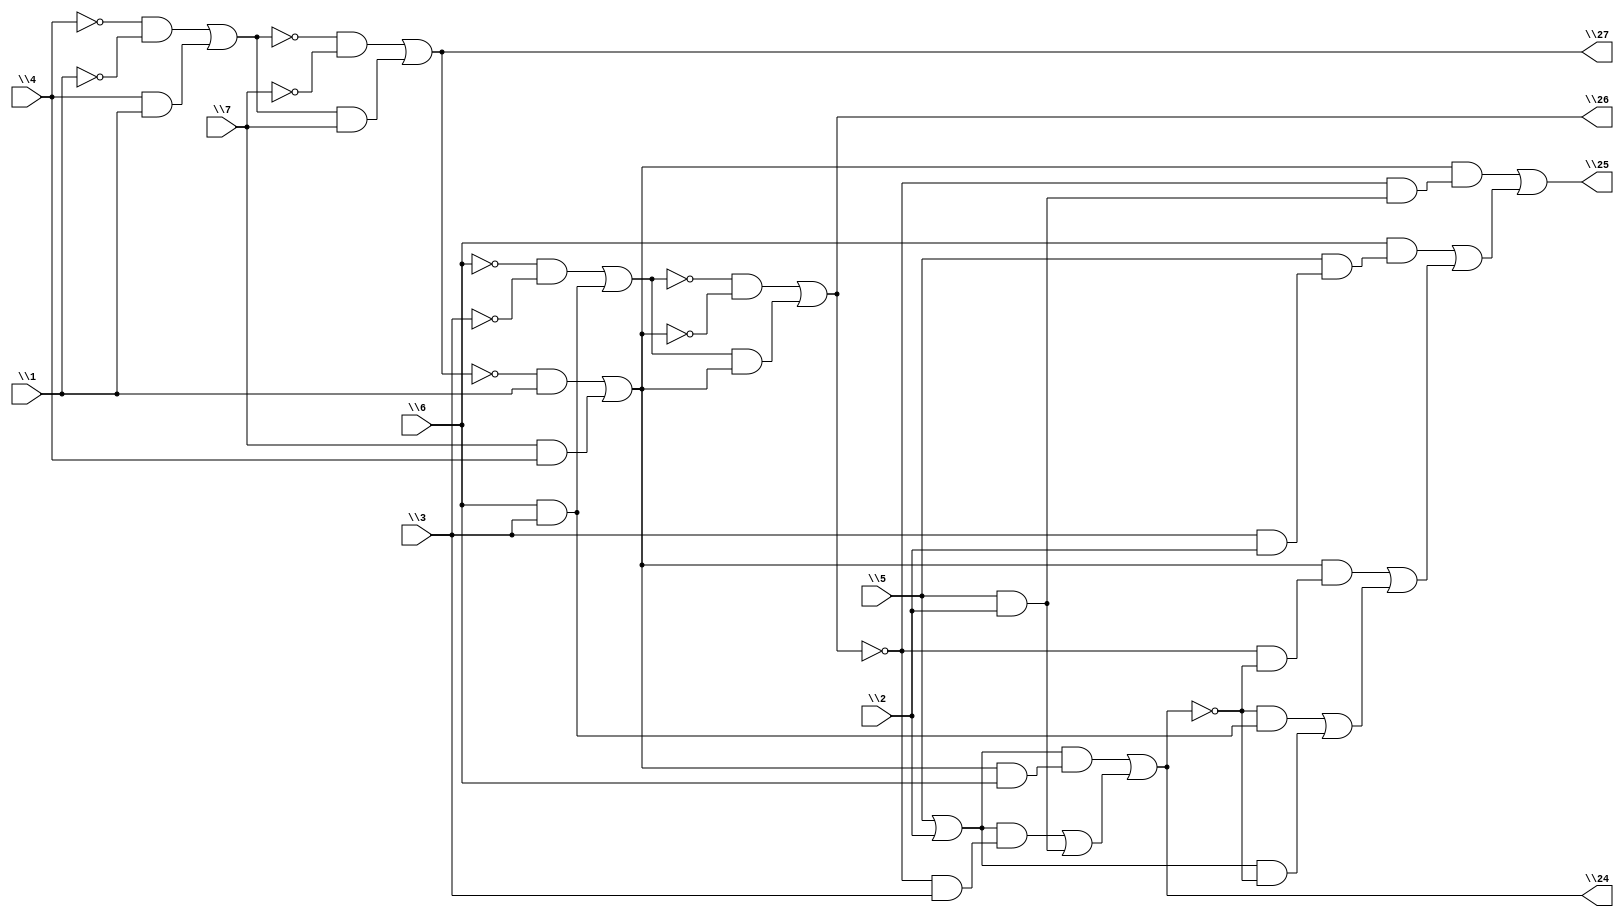
// IWLS benchmark module "z4ml" printed on Wed May 29 17:30:39 2002
module z4ml(\1 , \2 , \3 , \4 , \5 , \6 , \7 , \24 , \25 , \26 , \27 );
input
  \1 ,
  \2 ,
  \3 ,
  \4 ,
  \5 ,
  \6 ,
  \7 ;
output
  \24 ,
  \25 ,
  \26 ,
  \27 ;
wire
  \[2] ,
  \[12] ,
  \[3] ,
  \[8] ,
  \[4] ,
  \[9] ,
  \[10] ,
  \[1] ;
assign
  \[2]  = (\[8]  & (~\[3]  & (\5  & \2 ))) | ((\6  & (\5  & (\3  & \2 ))) | ((\[8]  & (~\[3]  & ~\[1] )) | ((~\[1]  & (\6  & \3 )) | (\[10]  & ~\[1] )))),
  \[12]  = (~\4  & ~\1 ) | (\4  & \1 ),
  \[3]  = (~\[9]  & ~\[8] ) | (\[9]  & \[8] ),
  \[8]  = (~\[4]  & \1 ) | (\7  & \4 ),
  \[4]  = (~\[12]  & ~\7 ) | (\[12]  & \7 ),
  \[9]  = (~\6  & ~\3 ) | (\6  & \3 ),
  \24  = \[1] ,
  \25  = \[2] ,
  \26  = \[3] ,
  \27  = \[4] ,
  \[10]  = \5  | \2 ,
  \[1]  = (\[10]  & (\[8]  & \6 )) | ((\[10]  & (~\[3]  & \3 )) | (\5  & \2 ));
endmodule